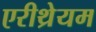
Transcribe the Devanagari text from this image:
एरीथ्रेयम